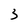
Character: 3